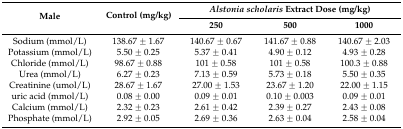
<table><thead><tr><td rowspan="2"><b>Male</b></td><td rowspan="2"><b>Control (mg/kg)</b></td><td colspan="3"><b><i>Alstonia scholaris</i> Extract Dose (mg/kg)</b></td></tr><tr><td><b>250</b></td><td><b>500</b></td><td><b>1000</b></td></tr></thead><tbody><tr><td>Sodium (mmol/L)</td><td>138.67 ± 1.67</td><td>140.67 ± 0.67</td><td>141.67 ± 0.88</td><td>140.67 ± 2.03</td></tr><tr><td>Potassium (mmol/L)</td><td>5.50 ± 0.25</td><td>5.37 ± 0.41</td><td>4.90 ± 0.12</td><td>4.93 ± 0.28</td></tr><tr><td>Chloride (mmol/L)</td><td>98.67 ± 0.88</td><td>101 ± 0.58</td><td>101 ± 0.58</td><td>100.3 ± 0.88</td></tr><tr><td>Urea (mmol/L)</td><td>6.27 ± 0.23</td><td>7.13 ± 0.59</td><td>5.73 ± 0.18</td><td>5.50 ± 0.35</td></tr><tr><td>Creatinine (umol/L)</td><td>28.67 ± 1.67</td><td>27.00 ± 1.53</td><td>23.67 ± 1.20</td><td>22.00 ± 1.15</td></tr><tr><td>uric acid (mmol/L)</td><td>0.08 ± 0.00</td><td>0.09 ± 0.01</td><td>0.10 ± 0.003</td><td>0.09 ± 0.01</td></tr><tr><td>Calcium (mmol/L)</td><td>2.32 ± 0.23</td><td>2.61 ± 0.42</td><td>2.39 ± 0.27</td><td>2.43 ± 0.08</td></tr><tr><td>Phosphate (mmol/L)</td><td>2.92 ± 0.05</td><td>2.69 ± 0.36</td><td>2.63 ± 0.04</td><td>2.58 ± 0.04</td></tr></tbody></table>